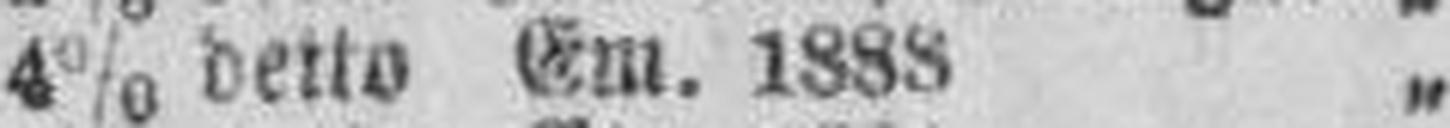
4% detto Em. 1888 „